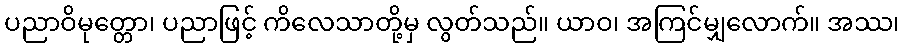
ပညာဝိမုတ္တော၊ ပညာဖြင့် ကိလေသာတို့မှ လွတ်သည်။ ယာဝ၊ အကြင်မျှလောက်။ အဿ၊